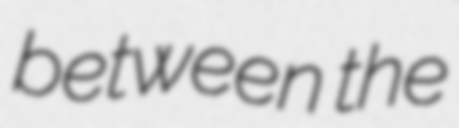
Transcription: between the